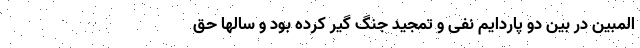
المبین در بین دو پاردایم نفی و تمجید جنگ گیر کرده بود و سالها حق